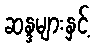
ဆန္ဒများနှင့်